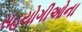
સહયોગીઓના